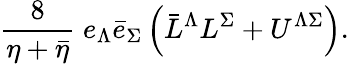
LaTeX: \frac{8}{\eta+\bar{\eta}}\; e_{\Lambda}\bar{e}_{\Sigma}\left(\bar{L}^{\Lambda}L^{\Sigma}+U^{\Lambda\Sigma}\right).